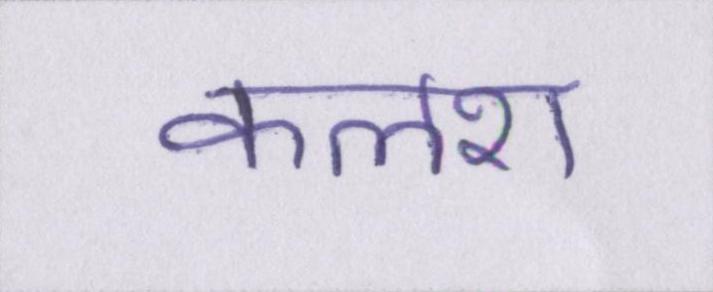
कलश